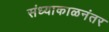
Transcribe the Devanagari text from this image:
संध्याकाळनंतर